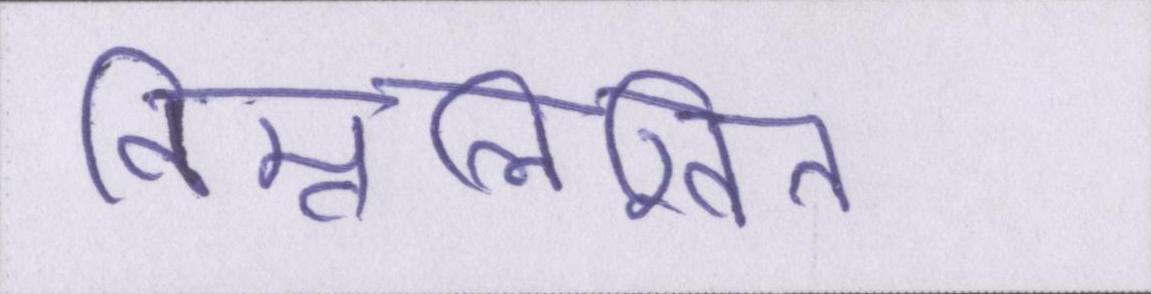
निम्नलिखित